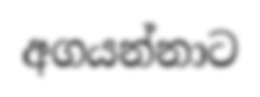
අගයන්නාට